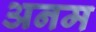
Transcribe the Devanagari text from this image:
अनम